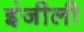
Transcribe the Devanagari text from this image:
इंजीली